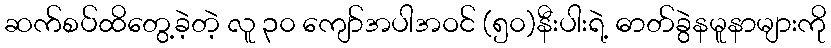
ဆက်စပ်ထိတွေ့ခဲ့တဲ့ လူ ၃၀ ကျော်အပါအဝင် (၅၀)နီးပါးရဲ့ ဓာတ်ခွဲနမူနာများကို